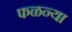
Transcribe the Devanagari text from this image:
फळन्या